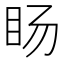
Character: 𱲥